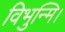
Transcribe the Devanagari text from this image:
विभुन्मि।